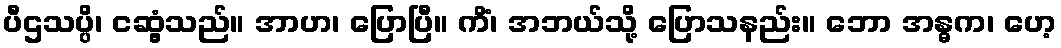
ပီဌသပ္ပိ၊ ငဆွံ့သည်။ အာဟ၊ ပြောပြီ။ ကိံ၊ အဘယ်သို့ ပြောသနည်း။ ဘော အန္ဓက၊ ဟေ့